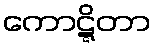
ကောဋ္ဋိတာ